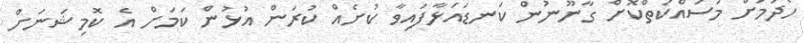
ހޯދުމަށް މަސައްކަތްކޮށް ގާނޫނުން ކަނޑައަޅާފައިވާ ކުށެއް ކުރަން އުޅުން ކަމަށް އެ ކޮމިޝަނަށް